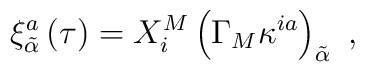
\xi _{\tilde{\alpha}}^{a}\left( \tau \right) =X_{i}^{M}\left( \Gamma_{M}\kappa ^{ia}\right) _{\tilde{\alpha}}\,\,,